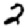
Digit: 2